[Report on the health of British troops in the Madras command]
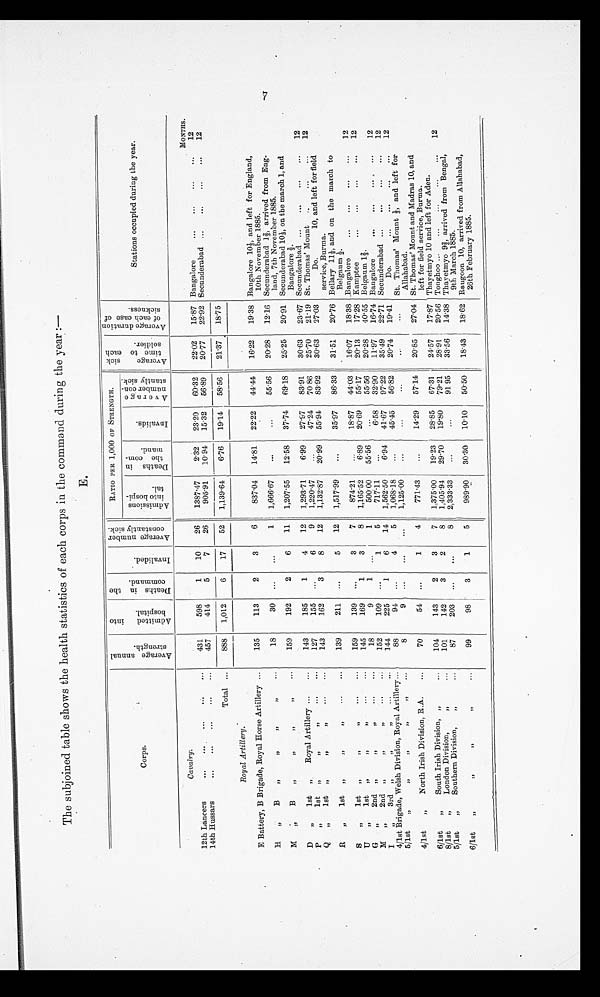
The subjoined table shows the health statistics of each corps in the command during the year : ―
E.
Corps.
A v e r a g e a n n u a l s t r e n g t h .
A d m i t t e d i n t o h o s p i t a l .
D e a t h s i n t h e c o m m a n d .
I n v a l i d e d .
A v e r a g e n u m b e r c o n s t a n t l y s i c k .
RATIO PER 1,000 OF STRENGTH.
A v e r a g e s i c k t i m e t o e a c h s o l d i e r .
A v e r a g e d u r a t i o n o f e a c h c a s e o f s i c k n e s s .
Stations occupied during the year.
A d mi s s i o n s i n t o h o s p i t a l .
D e a t h s i n t h e c o mma n d .
I nval i ds.
A v e r a g e n u m b e r c o n s t a n t l y s i c k .
C a v a l r y .
MONTHS.
12th Lancers
...
...
...
...
. . .
431
598
1
10
26
1387.47
2.32
23.20
60.32
22.02 15.87 Bangalore
...
...
...
. . .
12
14th Hussars
...
...
...
...
...
457
414
5
7
26
905.91
10.94
15.32
56.89
20.77
22.92 Secunderabad ...
...
...
...
12
Total ...
888
1,012
6
17
52
1,139.64
6.76
19.14 58.56 21.37 18.75
Royal Artillery.
E Battery, B Brigade, Royal Horse Artillery ...
135
113
2
3
6
837.04
14.81
22.22
44.44
16.22 19.38 Bangalore 10 1/3 and left for England,
10th November 1885.
H
„
B
,,
, ,
, ,
, ,
. . .
18
30 ...
...
1 1,666.67
...
...
55.56
20.28
12.16 Secunderabad 1 2/3, arrived from Eng-
land, 7th November 1885.
M,, B
,,
,,
,, ,, ...
159
192
2
6
11 1,207.55
12.58 37.74 69.18
25.25
20.91 Secunderabad 10 1/3, on the march 1, and
Bangalore 2/3.
D
1st
,, R o y a l A r t i l l e r y . . .
. . .
143
185
1
4
12 1,293.71
6.99 27.97
83.91
30.63 23.67 Secunderabad ...
...
...
...
12
P , , 1 s t , , , , . . . . . .
127
155 ...
6
9
1,220.47
...
47.24
70.86
25.70 21.19 St. Thomas' Mount ..
...
...
12
Q
„
1st „
, , , , . . . . . .
143
162
3
8
12
1,132.87
20.99 55.94 83.92
30.63
27.03
Do.
10, and left for field
service, Burma.
R „
1st „ , ,
, , . . . . . .
139
211 ...
5
12
1,517.99
...
35.97
86.33
31.51
20.76 Bellary 11 1/2 and on t h e
m a r c h t o
Belgaum 1/2.
S
„
1st „ , ,
, , . . . . . .
159
139 ...
3
7
874.21
...
18.87 44.03
16.07
18.38 Bangalore
...
...
...
...
12
U „
1st „ , , , , . . . . . .
145
169
1
3
8 1,165.52
6.89
20.69
55.17
20.13
17.28 Kamptee
...
...
...
. . .
12
G ,, 2 n d , , , ,
, ,
. . . . . .
18
9
1 ...
1
500.00
55.56
...
55.56
20.28
40.55 Belgaum 1 2/3.
M „
2nd „ , ,
, , . . . . . .
152
109 ...
1
5
717.11
...
6.58
32.90
11.97
16.74 Bangalore
...
...
...
...
12
I
, ,
3 r d
, , , ,
, , . . . . . .
144
225
1
6
14 1,562.50
6.94
41.67
97.22
35.49
22.71 Secunderabad ...
...
...
...
12
4/1st Brigade, Welsh Division, Royal Artillery...
88
94 ...
4
5
1,068.18
...
45.45 56.82
20.74 19.41
Do.
...
...
...
. . .
12
5/1st
„
, ,
, ,
, ,
, ,
. . .
8
9
...
...
...
1,125.00
...
...
...
...
...
St. Thomas' Mount 1/3, a n d l e f t f o r
Allahabad.
4/1st
„
North Irish Division, R.A.
...
70
54 ...
1
4
771.43
...
14.29 57.14 20.85 27.04 St. Thomas' Mount and Madras 10, and
left for field service, Burma.
6/1st
„
South Irish Division, „
...
104
143
2
3
7
1,375.00
19.23 28.85 67.31
24.57
17.87 Thayetmyo 10 and left for Aden.
8/1st
„
London Division,
,,
. . .
101
142
3
2
8
1,405.94 29.70 19.80 79.21
28.91 20.56 Tonghoo ...
...
...
...
...
12
5/1st
„
Southern Division,
„
...
87
203 ...
...
8
2,333.33
...
...
91.95
33.56
14.38 Thayetmyo 92/3 arrived from Bengal,
9th March 1885.
6/1st
„
, ,
, ,
, , . . .
99
98 3
1
5
989.90
30.30
10.10
50.50
18.43 18.62 Rangoon 10, arrived from Allahabad,
26th February 1885.